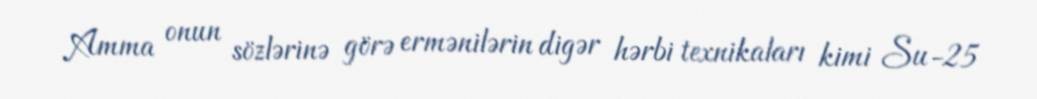
Amma onun sözlərinə görə ermənilərin digər hərbi texnikaları kimi Su-25